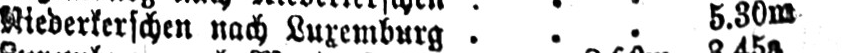
Niederkerschen nach Luxemburg ... 5.30m